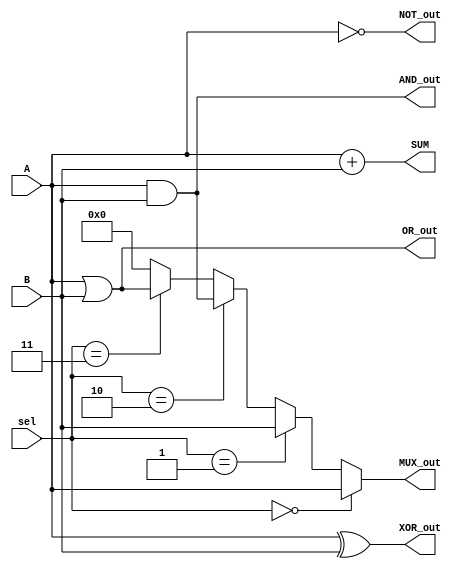
module combinational_logic_block (
    input wire [3:0] A,        // 4-bit input A
    input wire [3:0] B,        // 4-bit input B
    input wire [1:0] sel,      // 2-bit selector for multiplexer
    output wire [3:0] AND_out, // AND output
    output wire [3:0] OR_out,  // OR output
    output wire [3:0] NOT_out,  // NOT output
    output wire [3:0] XOR_out, // XOR output
    output wire [3:0] MUX_out,  // MUX output
    output wire [4:0] SUM       // 4-bit adder output with carry
);

// AND operation
assign AND_out = A & B;

// OR operation
assign OR_out = A | B;

// NOT operation (applied to A)
assign NOT_out = ~A;

// XOR operation
assign XOR_out = A ^ B;

// 2-to-1 Multiplexer
assign MUX_out = (sel == 2'b00) ? A :
                 (sel == 2'b01) ? B :
                 (sel == 2'b10) ? AND_out :
                 (sel == 2'b11) ? OR_out : 4'b0000;

// 4-bit Ripple Carry Adder
assign SUM = A + B;

endmodule